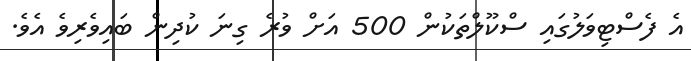
އެ ފެސްޓިވަލުގައި ސްކޫލްތަކުން 500 އަށް ވުރެ ގިނަ ކުދިން ބައިވެރިވެ އެވެ.